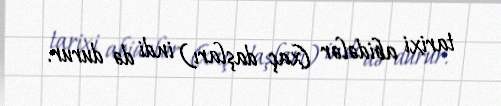
tarixi abidələr (xaç daşları) indi də durur.